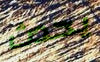
يحدث